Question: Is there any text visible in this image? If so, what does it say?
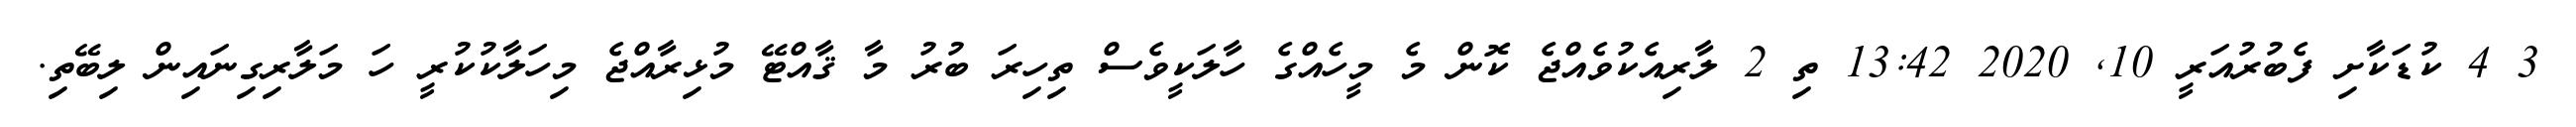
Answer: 3 4 ކުޑަކާށި ފެބުރުއަރީ 10, 2020 13:42 ތި 2 ލާރިއެކުވެއްޖެ ކޮން މެ މީހެއްގެ ހާލަކީވެސް ތިހިރަ ބުރު މާ ޤާއްޓޭ މުޅިރާއްޖެ މިހަލާކުކުރީ ހަ މަލާރިގިނައިން ލިބޭތި.